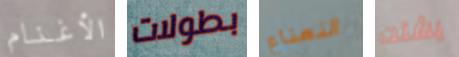
الأغنام بطولات النعناع يشتت